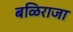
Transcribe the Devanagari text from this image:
बळिराजा